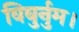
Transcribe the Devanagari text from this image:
विबुर्नुम।